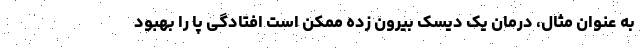
به عنوان مثال، درمان یک دیسک بیرون زده ممکن است افتادگی پا را بهبود